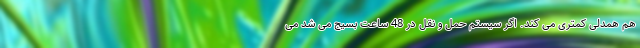
هم همدلی کمتری می کند. اگر سیستم حمل و نقل در 48 ساعت بسیج می شد می